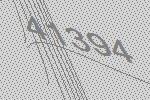
41394